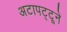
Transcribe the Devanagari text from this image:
अटापट्टूने